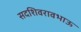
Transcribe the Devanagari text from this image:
सदशिवरावभाऊ